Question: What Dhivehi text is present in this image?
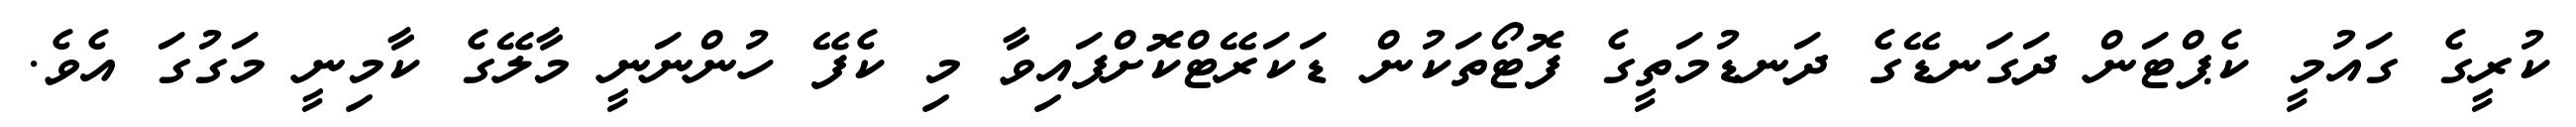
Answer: ކުރީގެ ގައުމީ ކެޕްޓަން ދަގަނޑޭގެ ދަނޑުމަތީގެ ފޮޓޯތަކުން ޑަކަރޭޓްކޮށްފައިވާ މި ކެފޭ ހުންނަނީ މާލޭގެ ކާމިނީ މަގުގަ އެވެ.